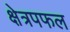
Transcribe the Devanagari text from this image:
क्षेत्रपफल